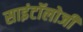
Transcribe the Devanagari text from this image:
साइंटॉलोजी